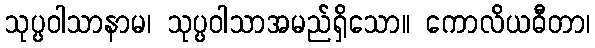
သုပ္ပဝါသာနာမ၊ သုပ္ပဝါသာအမည်ရှိသော။ ကောလိယဓီတာ၊